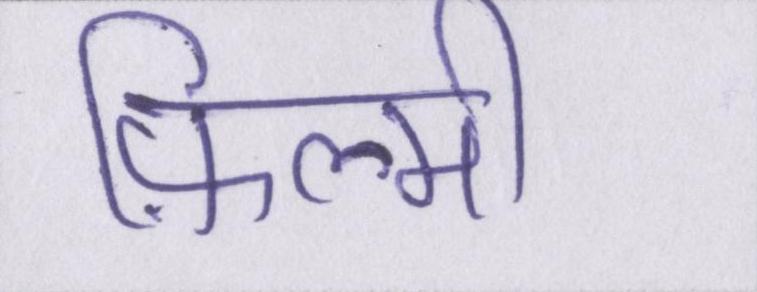
फ़िल्मी